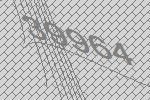
39964